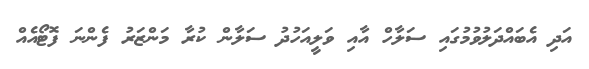
އަދި އެބައްދަލުވުމުގައި ސަލާހް އާއި ވަލީއަހުދު ސަލާން ކުރާ މަންޒަރު ފެންނަ ފޮޓޯއެއް